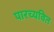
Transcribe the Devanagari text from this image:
पारच्यवित